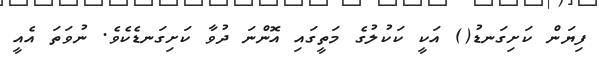
ފިޔަން ކަށިގަނޑު() އަކީ ކަކުލުގެ މަތީގައި އޮންނަ ދުވާ ކަށިގަނޑެކެވެ. ނުވަތަ އެއީ